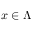
x \in \Lambda